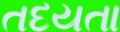
તદયતા